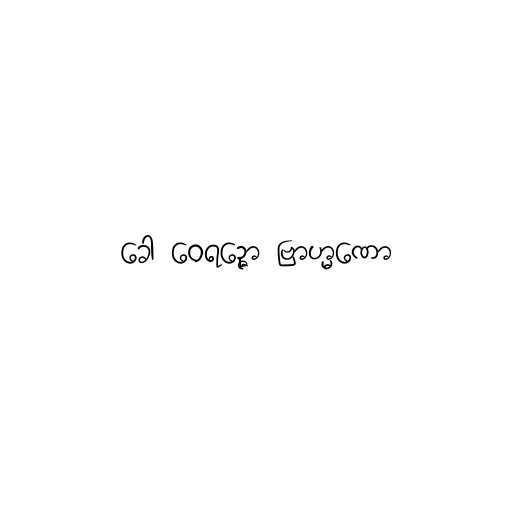
ခေါ ဝေရဉ္ဇော ဗြာဟ္မဏော